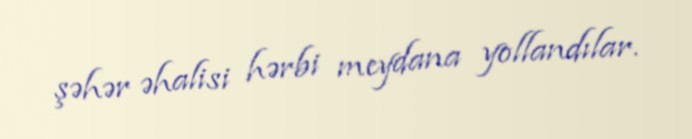
şəhər əhalisi hərbi meydana yollandılar.